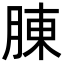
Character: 腖